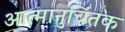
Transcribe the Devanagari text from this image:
आत्मानुचिंतक